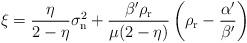
LaTeX: \begin{align*} \xi = \frac{\eta}{2 - \eta}\sigma^2_{\rm n} + \frac{\beta^\prime \rho_{\rm r}} {\mu (2 -\eta)} \left( \rho_{\rm r} - \frac{\alpha^\prime}{\beta^\prime}\right)\end{align*}